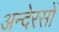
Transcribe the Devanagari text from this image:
अन्देरसों